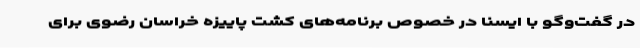
در گفت‌وگو با ایسنا در خصوص برنامه‌های کشت پاییزه خراسان رضوی برای